Lunatic asylums Madras 1877-1891 - 1877-1891
Year: 1877
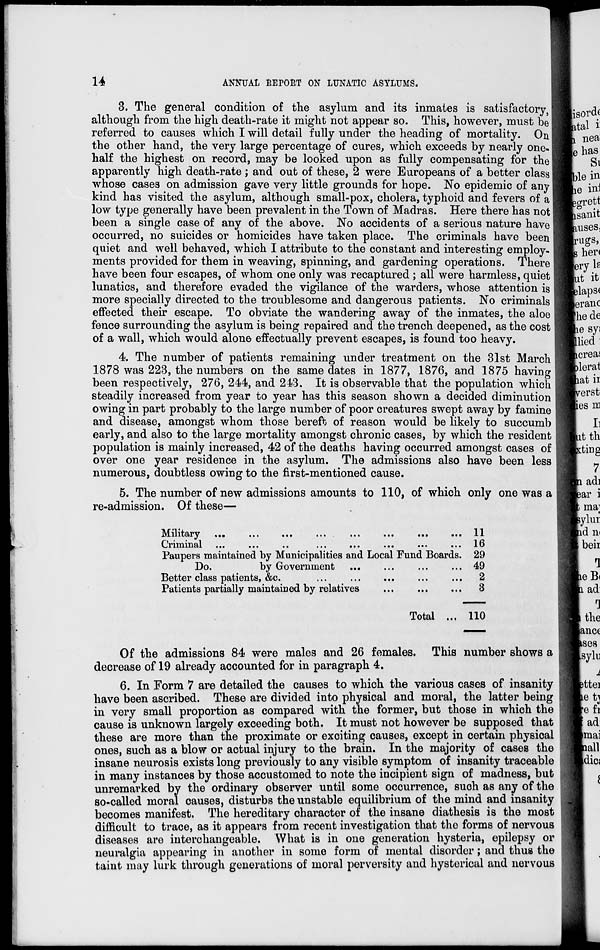
14
ANNUAL REPORT ON LUNATIC ASYLUMS.
3. The general condition of the asylum and its inmates is satisfactory,
although from the high death-rate it might not appear so. This, however, must be
referred to causes which I will detail fully under the heading of mortality. On
the other hand, the very large percentage of cures, which exceeds by nearly one-
half the highest on record, may be looked upon as fully compensating for the
apparently high death-rate; and out of these, 2 were Europeans of a better class
whose cases on admission gave very little grounds for hope. No epidemic of any
kind has visited the asylum, although small-pox, cholera, typhoid and fevers of a
low type generally have been prevalent in the Town of Madras. Here there has not
been a single case of any of the above. No accidents of a serious nature have
occurred, no suicides or homicides have taken place. The criminals have been
quiet and well behaved, which I attribute to the constant and interesting employ-
ments provided for them in weaving, spinning, and gardening operations. There
have been four escapes, of whom one only was recaptured; all were harmless, quiet
lunatics, and therefore evaded the vigilance of the warders, whose attention is
more specially directed to the troublesome and dangerous patients. No criminals
effected their escape. To obviate the wandering away of the inmates, the aloe
fence surrounding the asylum is being repaired and the trench deepened, as the cost
of a wall, which would alone effectually prevent escapes, is found too heavy.
4. The number of patients remaining under treatment on the 31st March
1878 was 223, the numbers on the same dates in 1877, 1876, and 1875 having
been respectively, 276, 244, and 243. It is observable that the population which
steadily increased from year to year has this season shown a decided diminution
owing in part probably to the large number of poor creatures swept away by famine
and disease, amongst whom those bereft of reason would be likely to succumb
early, and also to the large mortality amongst chronic cases, by which the resident
population is mainly increased, 42 of the deaths having occurred amongst cases of
over one year residence in the asylum. The admissions also have been less
numerous, doubtless owing to the first-mentioned cause.
5. The number of new admissions amounts to 110, of which only one was a
re-admission. Of these—
Military ...
...
...
...
...
...
...
...
Criminal ...
...
..
...
...
...
...
...
Paupers maintained by Municipalities and Local Fund Boards.
Do.
by Government
Better class patients, &c. ... ... ... ... ...
Patients partially maintained by relatives
... ... ...
Total ...
11
16
29
49
2
3
110
Of the admissions 84 were males and 26 females. This number shows a
decrease of 19 already accounted for in paragraph 4.
6. In Form 7 are detailed the causes to which the various cases of insanity
have been ascribed. These are divided into physical and moral, the latter being
in very small proportion as compared with the former, but those in which the
cause is unknown largely exceeding both. It must not however be supposed that
these are more than the proximate or exciting causes, except in certain physical
ones, such as a blow or actual injury to the brain. In the majority of cases the
insane neurosis exists long previously to any visible symptom of insanity traceable
in many instances by those accustomed to note the incipient sign of madness, but
unremarked by the ordinary observer until some occurrence, such as any of the
so-called moral causes, disturbs the unstable equilibrium of the mind and insanity
becomes manifest. The hereditary character of the insane diathesis is the most
difficult to trace, as it appears from recent investigation that the forms of nervous
diseases are interchangeable. What is in one generation hysteria, epilepsy or
neuralgia appearing in another in some form of mental disorder; and thus the
taint may lurk through generations of moral perversity and hysterical and nervous